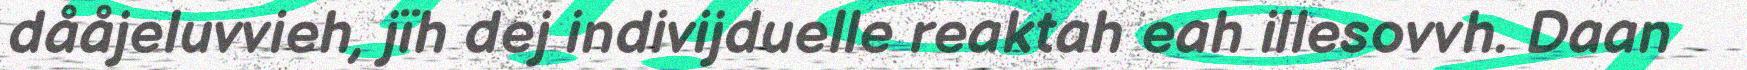
dååjeluvvieh, jïh dej indivijduelle reaktah eah illesovvh. Daan